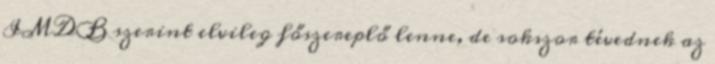
IMDB szerint elvileg főszereplő lenne, de sokszor tévednek az